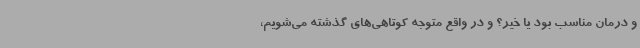
و درمان مناسب بود یا خیر؟ و در واقع متوجه کوتاهی‌های گذشته می‌شویم،